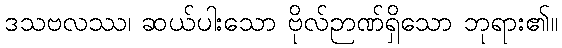
ဒသဗလဿ၊ ဆယ်ပါးသော ဗိုလ်ဉာဏ်ရှိသော ဘုရား၏။